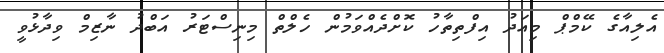
އެލިއާގެ ކޭމްޕް މިއަދު އިފްތިތާހު ކޮށްދެއްވަމުން ހެލްތް މިނިސްޓަރު އަބްދު ނާޒިމް ވިދާޅުވީ